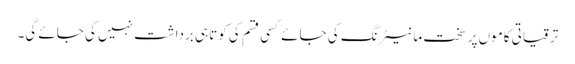
ترقیاتی کاموں پر سخت مانیٹرنگ کی جائے کسی قسم کی کوتاہی برداشت نہیں کی جائے گی۔